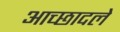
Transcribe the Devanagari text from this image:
आच्छादले